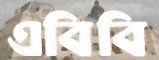
এবিবি